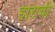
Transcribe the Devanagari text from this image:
हाराची